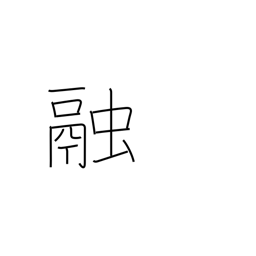
Meaning: dissolve